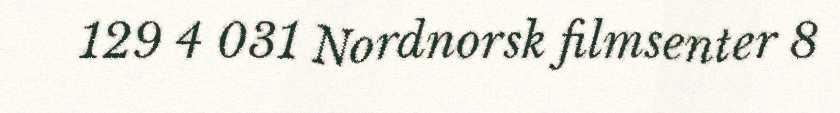
129 4 031 Nordnorsk filmsenter 8